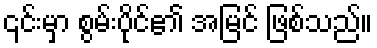
၎င်းမှာ စွမ်းပိုင်၏ အမြင် ဖြစ်သည်။